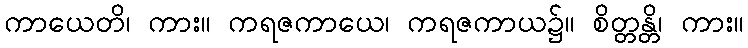
ကာယေတိ၊ ကား။ ကရဇကာယေ၊ ကရဇကာယ၌။ စိတ္တန္တိ၊ ကား။